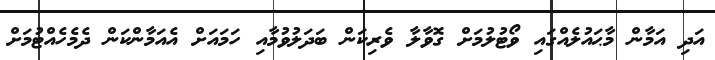
އަދި އަމާން މާޙައުލެއްގައި ވޯޓުލުމަށް ގޮވާލާ ވެރިކަން ބަދަލުވުމާއި ހަމައަށް އެއަމާންކަން ދެމެހެއްޓުމަށް